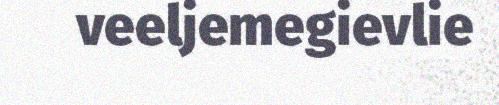
veeljemegievlie